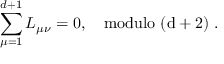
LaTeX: \sum _ { \mu = 1 } ^ { d + 1 } L _ { \mu \nu } = 0 , \quad \mathrm { m o d u l o ~ ( d + 2 ) ~ } .